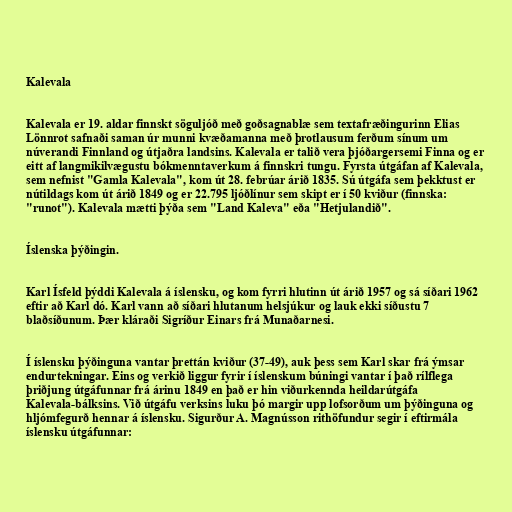
Kalevala

Kalevala er 19. aldar finnskt söguljóð með goðsagnablæ sem textafræðingurinn Elias
Lönnrot safnaði saman úr munni kvæðamanna með þrotlausum ferðum sínum um
núverandi Finnland og útjaðra landsins. Kalevala er talið vera þjóðargersemi Finna og er
eitt af langmikilvægustu bókmenntaverkum á finnskri tungu. Fyrsta útgáfan af Kalevala,
sem nefnist "Gamla Kalevala", kom út 28. febrúar árið 1835. Sú útgáfa sem þekktust er
nútildags kom út árið 1849 og er 22.795 ljóðlínur sem skipt er í 50 kviður (finnska:
"runot"). Kalevala mætti þýða sem "Land Kaleva" eða "Hetjulandið".

Íslenska þýðingin.

Karl Ísfeld þýddi Kalevala á íslensku, og kom fyrri hlutinn út árið 1957 og sá síðari 1962
eftir að Karl dó. Karl vann að síðari hlutanum helsjúkur og lauk ekki síðustu 7
blaðsíðunum. Þær kláraði Sigríður Einars frá Munaðarnesi.

Í íslensku þýðinguna vantar þrettán kviður (37-49), auk þess sem Karl skar frá ýmsar
endurtekningar. Eins og verkið liggur fyrir í íslenskum búningi vantar í það rílflega
þriðjung útgáfunnar frá árinu 1849 en það er hin viðurkennda heildarútgáfa
Kalevala-bálksins. Við útgáfu verksins luku þó margir upp lofsorðum um þýðinguna og
hljómfegurð hennar á íslensku. Sigurður A. Magnússon rithöfundur segir í eftirmála
íslensku útgáfunnar: